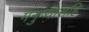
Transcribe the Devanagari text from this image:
मनुष्यासहि